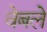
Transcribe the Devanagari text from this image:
वेबले